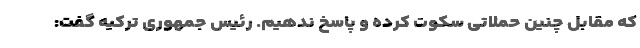
که مقابل چنین حملاتی سکوت کرده و پاسخ ندهیم. رئیس جمهوری ترکیه گفت: